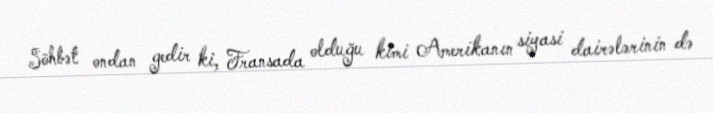
Söhbət ondan gedir ki, Fransada olduğu kimi Amerikanın siyasi dairələrinin də